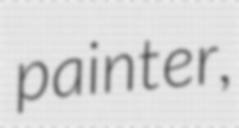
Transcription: painter,